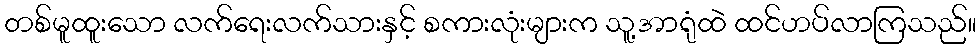
တစ်မူထူးသော လက်ရေးလက်သားနှင့် စကားလုံးများက သူ့အာရုံထဲ ထင်ဟပ်လာကြသည်။